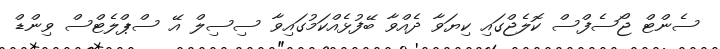
ސެންޓް ޖޯސެފްސް ކޮލެޖްގައި ކިޔަވާ ދެއްވާ ބޭފުޅެއްކަމުގައިވާ ސިސިލް އޭ ސްޕްލެޓްސް ވިންޑް